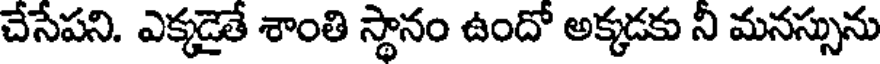
చేసేపని. ఎక్కడైతే శాంతి స్థానం ఉందో అక్కడకు నీ మనస్సును